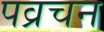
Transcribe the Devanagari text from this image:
पव्रचन